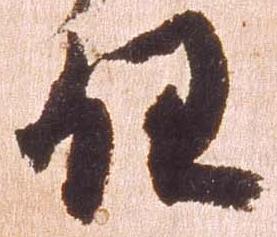
任